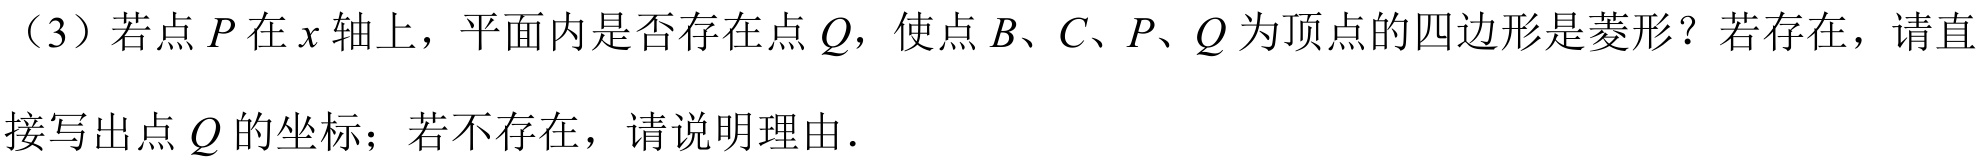
（3）若点\(P\)在\(x\)轴上，平面内是否存在点\(Q\)，使点\(B、C、P、Q\)为顶点的四边形是菱形？若存在，请直
接写出点\(Q\)的坐标；若不存在，请说明理由.